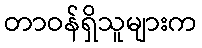
တာဝန်ရှိသူများက